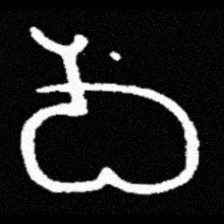
Pyu character \u2014 Myanmar letter: ဝ (romanized: wa)